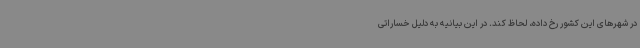
در شهرهای این کشور رخ داده، لحاظ کند. در این بیانیه به دلیل خساراتی